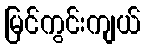
မြင်ကွင်းကျယ်